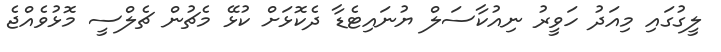
ލީގުގައި މިއަދު ހަވީރު ނިއުކާސަލް ޔުނައިޓެޑާ ދެކޮޅަށް ކުޅޭ މެޗުން ޗެލްސީ މޮޅުވެއްޖެ